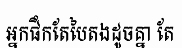
អ្នកផឹកតែបៃតងដូចគ្នា តែ